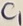
Text: C1